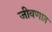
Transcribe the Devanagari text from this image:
जीवणात